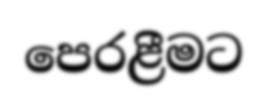
පෙරළීමට